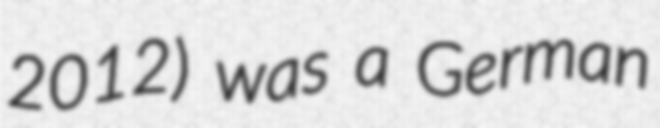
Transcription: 2012) was a German